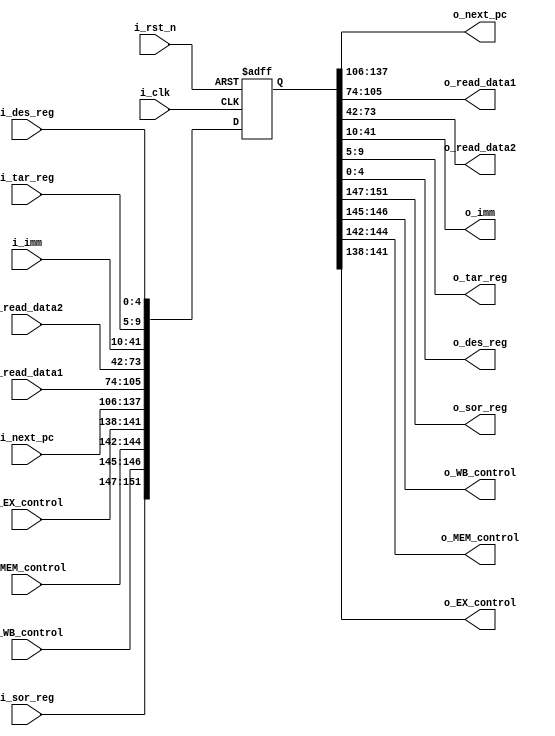
`timescale 1ns / 1ps
//////////////////////////////////////////////////////////////////////////////////
// Company: 
// Engineer: 
// 
// Design Name: 
// Module Name:    R_ID_EX 
// Project Name: 
// Target Devices: 
// Tool versions: 
// Description: 
//
// Dependencies: 
//
// Revision: 
// Revision 0.01 - File Created
// Additional Comments: 
//
//////////////////////////////////////////////////////////////////////////////////

module R_ID_EX(i_clk, i_rst_n, i_next_pc, i_read_data1, i_read_data2, i_imm, i_tar_reg, i_des_reg, i_sor_reg,i_WB_control, i_MEM_control, i_EX_control,
  o_next_pc, o_read_data1, o_read_data2, o_imm, o_tar_reg, o_des_reg, o_sor_reg, o_WB_control, o_MEM_control, o_EX_control);
  
  input i_clk, i_rst_n;
  input [31:0] i_next_pc, i_read_data1, i_read_data2, i_imm;    //input next_pc, read_data1, read_data2, immediate
  input [4:0] i_tar_reg, i_des_reg, i_sor_reg;                             //input target register, destination register
  input [1:0] i_WB_control;                                     //input WB control
  input [2:0] i_MEM_control;                                    //input MEM control
  input [3:0] i_EX_control;                                     //input EX control
  output [31:0] o_next_pc, o_read_data1, o_read_data2, o_imm;   //output next_pc, read_data1, read_data2, immediate
  output [4:0] o_tar_reg, o_des_reg, o_sor_reg;                            //output target register, destination register
  output [1:0] o_WB_control;                                    //output WB control 
  output [2:0] o_MEM_control;                                   //output MEM control
  output [3:0] o_EX_control;                                    //output EX control
  
  reg [151:0] r_id_ex;                            //current, next
  
  //sequence logic
  always@(posedge i_clk or negedge i_rst_n) begin
    if(i_rst_n==1'b0)
      r_id_ex <= 152'd0;                //reset
    else
      r_id_ex <= {i_sor_reg, i_WB_control,i_MEM_control,i_EX_control,i_next_pc,i_read_data1,i_read_data2,i_imm
							,i_tar_reg,i_des_reg};            
  end
  
  
  //output combinational logic
  assign o_next_pc 		= r_id_ex[137:106];   
  assign o_read_data1 	= r_id_ex[105:74];
  assign o_read_data2 	= r_id_ex[73:42]; 
  assign o_imm 			= r_id_ex[41:10];
  assign o_tar_reg		= r_id_ex[9:5];
  assign o_des_reg 		= r_id_ex[4:0];
  assign o_sor_reg      = r_id_ex[151:147];
  assign o_WB_control 	= r_id_ex[146:145];
  assign o_MEM_control 	= r_id_ex[144:142];
  assign o_EX_control 	= r_id_ex[141:138];
  
endmodule